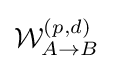
{\mathcal {W}}_{A\rightarrow B}^{\left(p,d\right)}